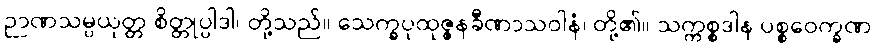
ဉာဏသမ္ပယုတ္တ စိတ္တုပ္ပါဒါ၊ တို့သည်။ သေက္ခပုထုဇ္ဇနခီဏာသဝါနံ၊ တို့၏။ သက္ကစ္စဒါန ပစ္စဝေက္ခဏ